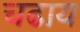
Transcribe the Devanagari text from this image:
चढाय